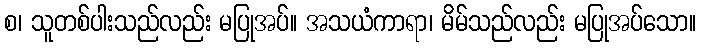
စ၊ သူတစ်ပါးသည်လည်း မပြုအပ်။ အသယံကာရာ၊ မိမ်သည်လည်း မပြုအပ်သော။